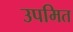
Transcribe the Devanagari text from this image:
उपमित